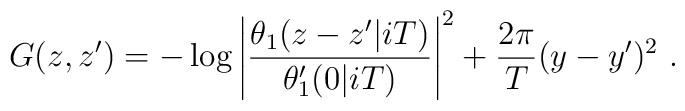
G(z,z') =  -\log \left|\frac{\theta_1(z-z'|iT)}{\theta'_1(0|iT)} \right|^2 +\frac{2\pi}{T} (y-y')^2 ~.